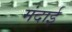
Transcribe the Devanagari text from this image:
मंदाई